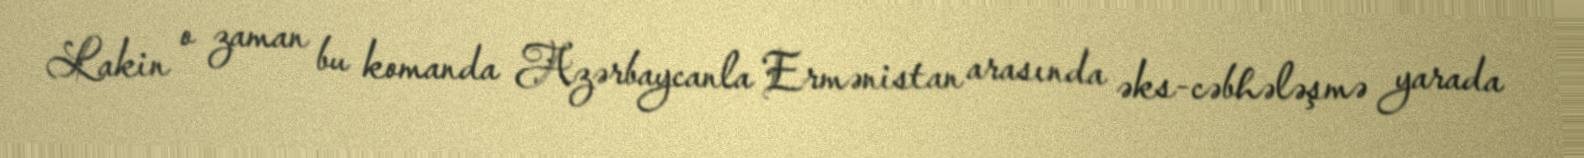
Lakin o zaman bu komanda Azərbaycanla Ermənistan arasında əks-cəbhələşmə yarada